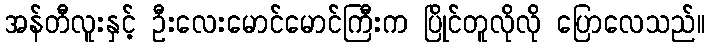
အန်တီလူးနှင့် ဦးလေးမောင်မောင်ကြီးက ပြိုင်တူလိုလို ပြောလေသည်။